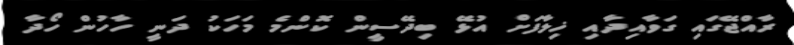
ރާއްޖޭގައި ގަވާއިދާއި ޚިލާފަށް އުޅޭ ބިދޭސީން ކޮންމެ މަހަކު ދަނީ ހާހުން ހޯދާ